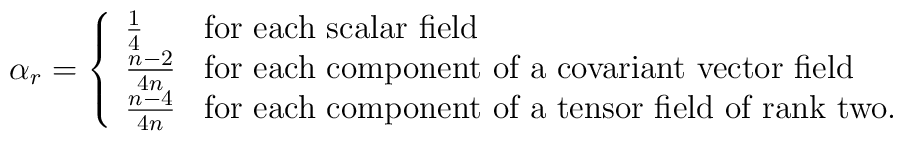
\alpha_{r}=\left\{ \begin{array}{ll}\frac{1}{4} & \mbox{for each scalar field}\\\frac{n-2}{4n} & \mbox{for each component of a covariant vector field}\\\frac{n-4}{4n} & \mbox{for each component of a tensor field of rank two.}\end{array}\right.